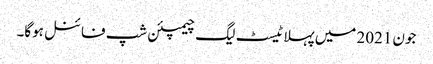
جون 2021 میں پہلا ٹیسٹ لیگ چیمپئن شپ فائنل ہوگا۔